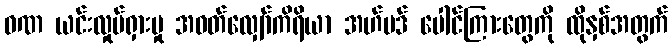
ဝဏ ယင်းလှုပ်ရှားမှု အဝတ်လျှော်ကိရိယာ အဟ်မဒ် ပေါင်ကြားတွေကို ထိုနှစ်အတွက်